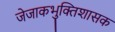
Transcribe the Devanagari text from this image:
जेजाकभुक्तिशासक